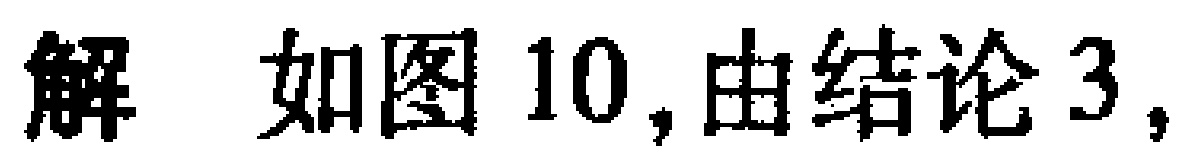
解 如图10,由结论3,